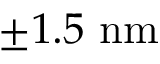
\pm 1 . 5 \ \mathrm { n m }